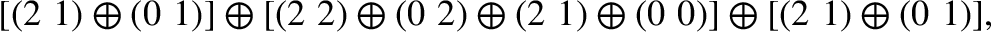
[ ( 2 ~ 1 ) \oplus ( 0 ~ 1 ) ] \oplus [ ( 2 ~ 2 ) \oplus ( 0 ~ 2 ) \oplus ( 2 ~ 1 ) \oplus ( 0 ~ 0 ) ] \oplus [ ( 2 ~ 1 ) \oplus ( 0 ~ 1 ) ] ,